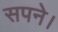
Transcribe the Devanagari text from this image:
सपने।